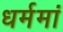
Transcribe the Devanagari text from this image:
धर्ममां